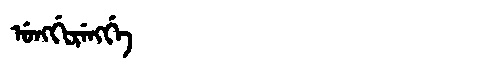
Manchu: ᡠᠩᡤᡳᡵᡝᠩᡤᡝ
Romanization: UNGGIRENGGE